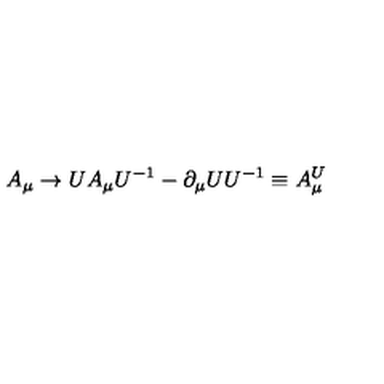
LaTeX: A _ { \mu } \rightarrow U A _ { \mu } U ^ { - 1 } - \partial _ { \mu } U U ^ { - 1 } \equiv A _ { \mu } ^ { U }